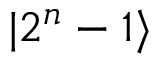
| 2 ^ { n } - 1 \rangle